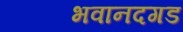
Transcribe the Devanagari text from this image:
भवानदगड